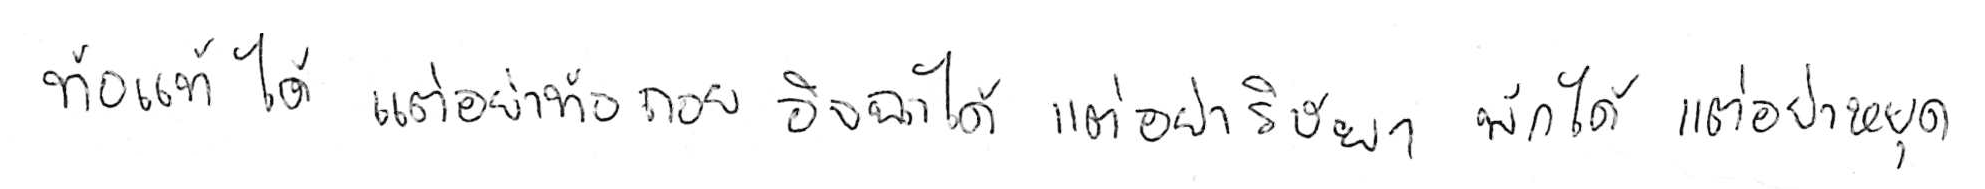
ท้อแท้ได้ แต่อย่าท้อถอย อิจฉาได้ แต่อย่าริษยา พักได้ แต่อย่าหยุด